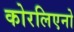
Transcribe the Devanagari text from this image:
कोरलिएनो